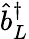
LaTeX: \hat{b}_{L}^{\dagger}